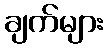
ချက်များ